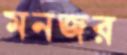
মনজর